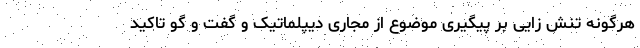
هرگونه تنش زایی بر پیگیری موضوع از مجاری دیپلماتیک و گفت و گو تاکید